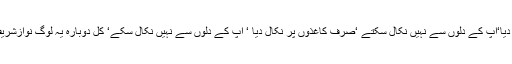
نوازشریف کو انہوںنے نکال دیا‘آپ کے دلوں سے نہیں نکال سکتے ‘صرف کاغذوں پر نکال دیا ‘ آپ کے دلوں سے نہیں نکال سکے‘ کل دوبارہ یہ لوگ نوازشریف کو وزیراعظم بنادیں گے ۔